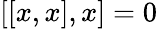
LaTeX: [[x,x],x]=0